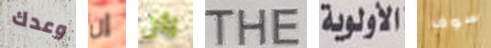
وعدك إن يان THE الأولوية سوف